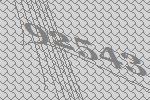
92543